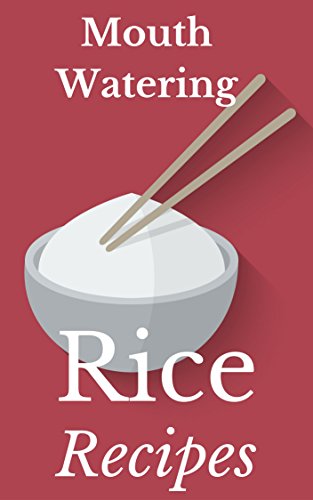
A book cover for Rice Recipes: Most Amazing Rice Recipes Ever Offered! (Gourmet - Healthy - Nutrition - Cooking By Ingredient - Healthy Living - Rice & Grains); Vanessa Lane; Cookbooks, Food & Wine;